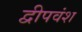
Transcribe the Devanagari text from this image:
द्वीपवंश